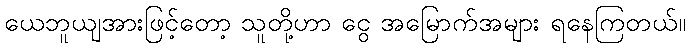
ယေဘူယျအားဖြင့်တော့ သူတို့ဟာ ငွေ အမြောက်အများ ရနေကြတယ်။